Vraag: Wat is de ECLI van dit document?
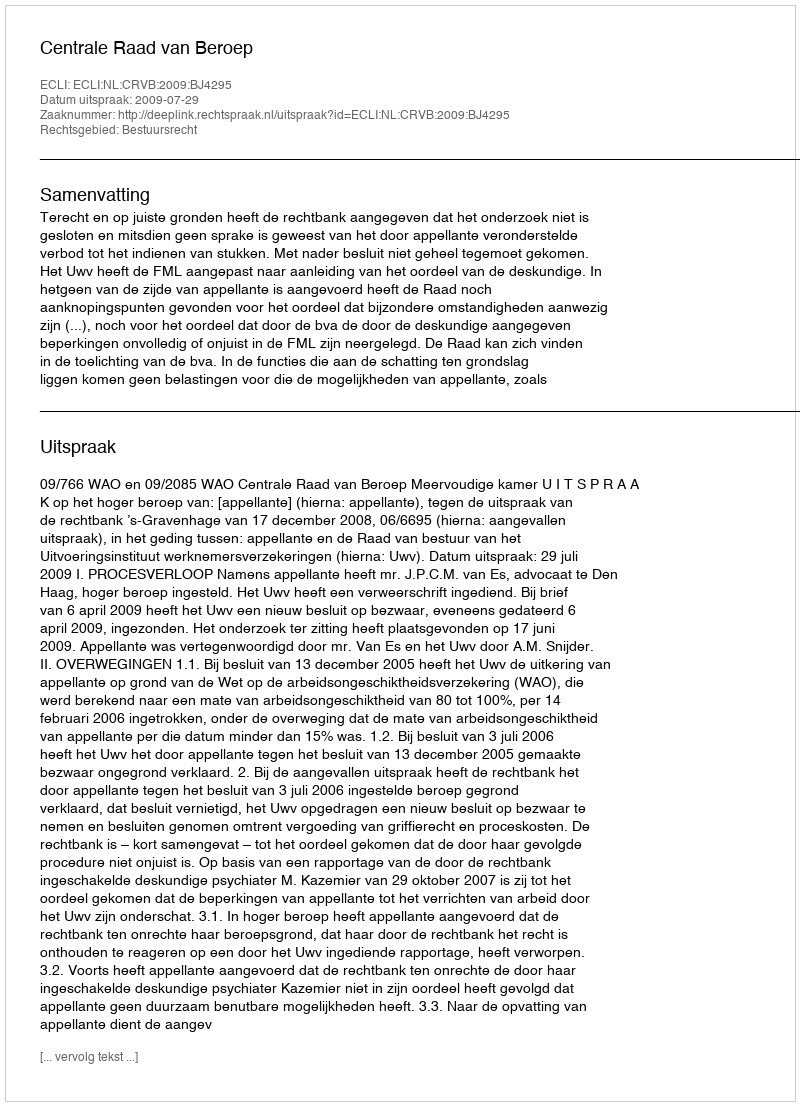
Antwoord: ECLI:NL:CRVB:2009:BJ4295